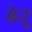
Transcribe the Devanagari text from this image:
केटू